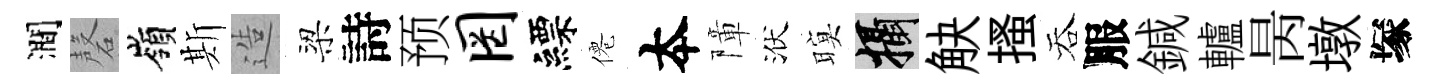
澗磬嶺斯造梁詩预罔縹僊夲障洑暝攝觖搔吞服鍼轤昺墩塚